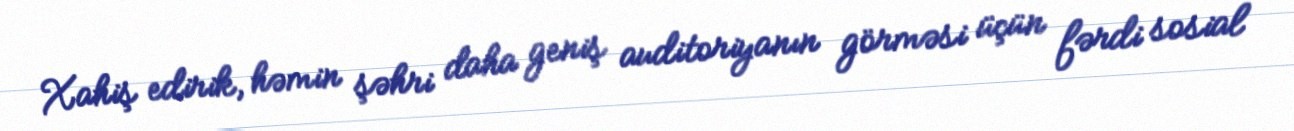
Xahiş edirik, həmin şəhri daha geniş auditoriyanın görməsi üçün fərdi sosial